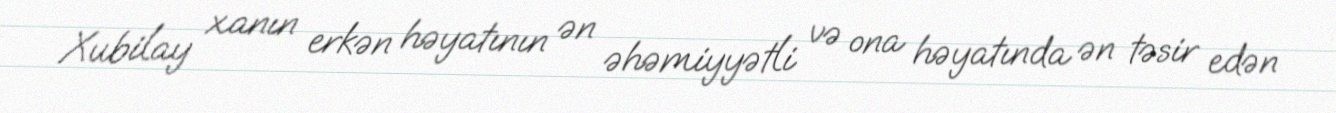
Xubilay xanın erkən həyatının ən əhəmiyyətli və ona həyatında ən təsir edən